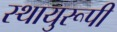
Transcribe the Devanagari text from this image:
स्थायुरूपी